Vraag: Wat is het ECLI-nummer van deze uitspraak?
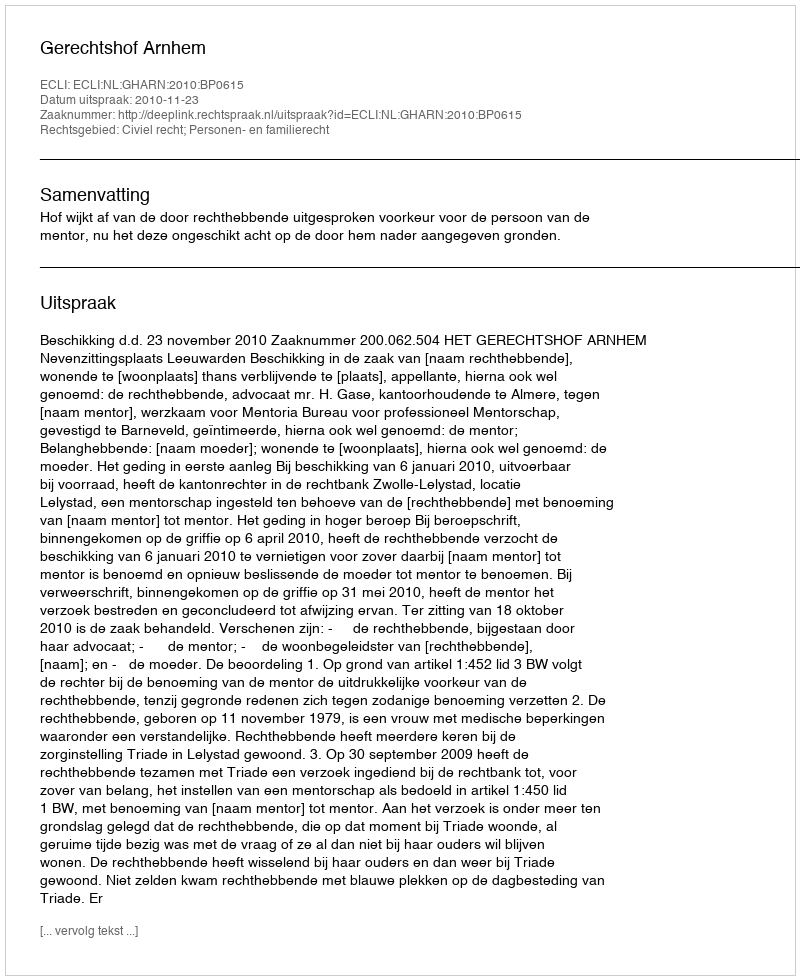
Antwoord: ECLI:NL:GHARN:2010:BP0615